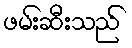
ဖမ်းဆီးသည်